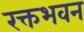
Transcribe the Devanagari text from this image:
रक्तभवन